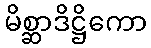
မိစ္ဆာဒိဋ္ဌိကော